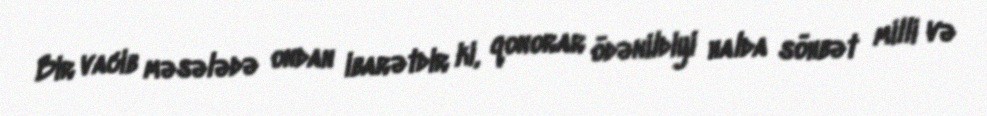
Bir vacib məsələdə ondan ibarətdir ki, qonorar ödənildiyi halda söhbət milli və